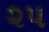
૨પ